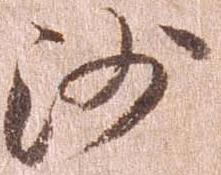
沙